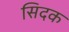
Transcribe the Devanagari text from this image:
सिदक